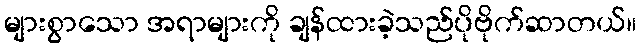
များစွာသော အရာများကို ချန်ထားခဲ့သည်ပိုဗိုက်ဆာတယ်။